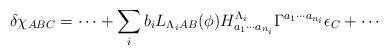
LaTeX: \begin{align*}\delta \chi_{ABC} = \cdots +\sum_{i} b_i L_{\Lambda_i AB} (\phi)H^{\Lambda_i} _ {a_1\cdots a_{n_i}}\Gamma^{ a_1\cdots a_{n_i}} \epsilon_C+\cdots\end{align*}